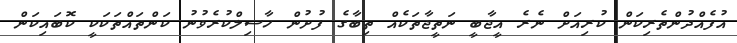
އުފެއްދުންތެރިކަން ކުރިއަށް ނެރެ އީޖާބީ ނަތީޖާތަކެއް ތިބާގެ ފުށުން ހާސިލްކުރެވުނު ކަންތައްތަކަކީ ކޮބައިކަން